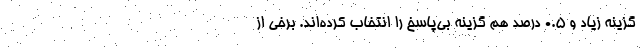
گزینه زیاد و ۰.۵ درصد هم گزینه بی‌پاسخ را انتخاب کرده‌اند. برخی از